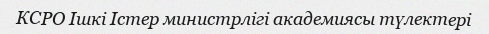
КСРО Ішкі Істер министрлігі академиясы түлектері